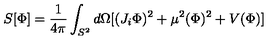
S [ \Phi ] = \frac { 1 } { 4 \pi } \int _ { S ^ { 2 } } d \Omega [ ( J _ { i } \Phi ) ^ { 2 } + \mu ^ { 2 } ( \Phi ) ^ { 2 } + V ( \Phi ) ]